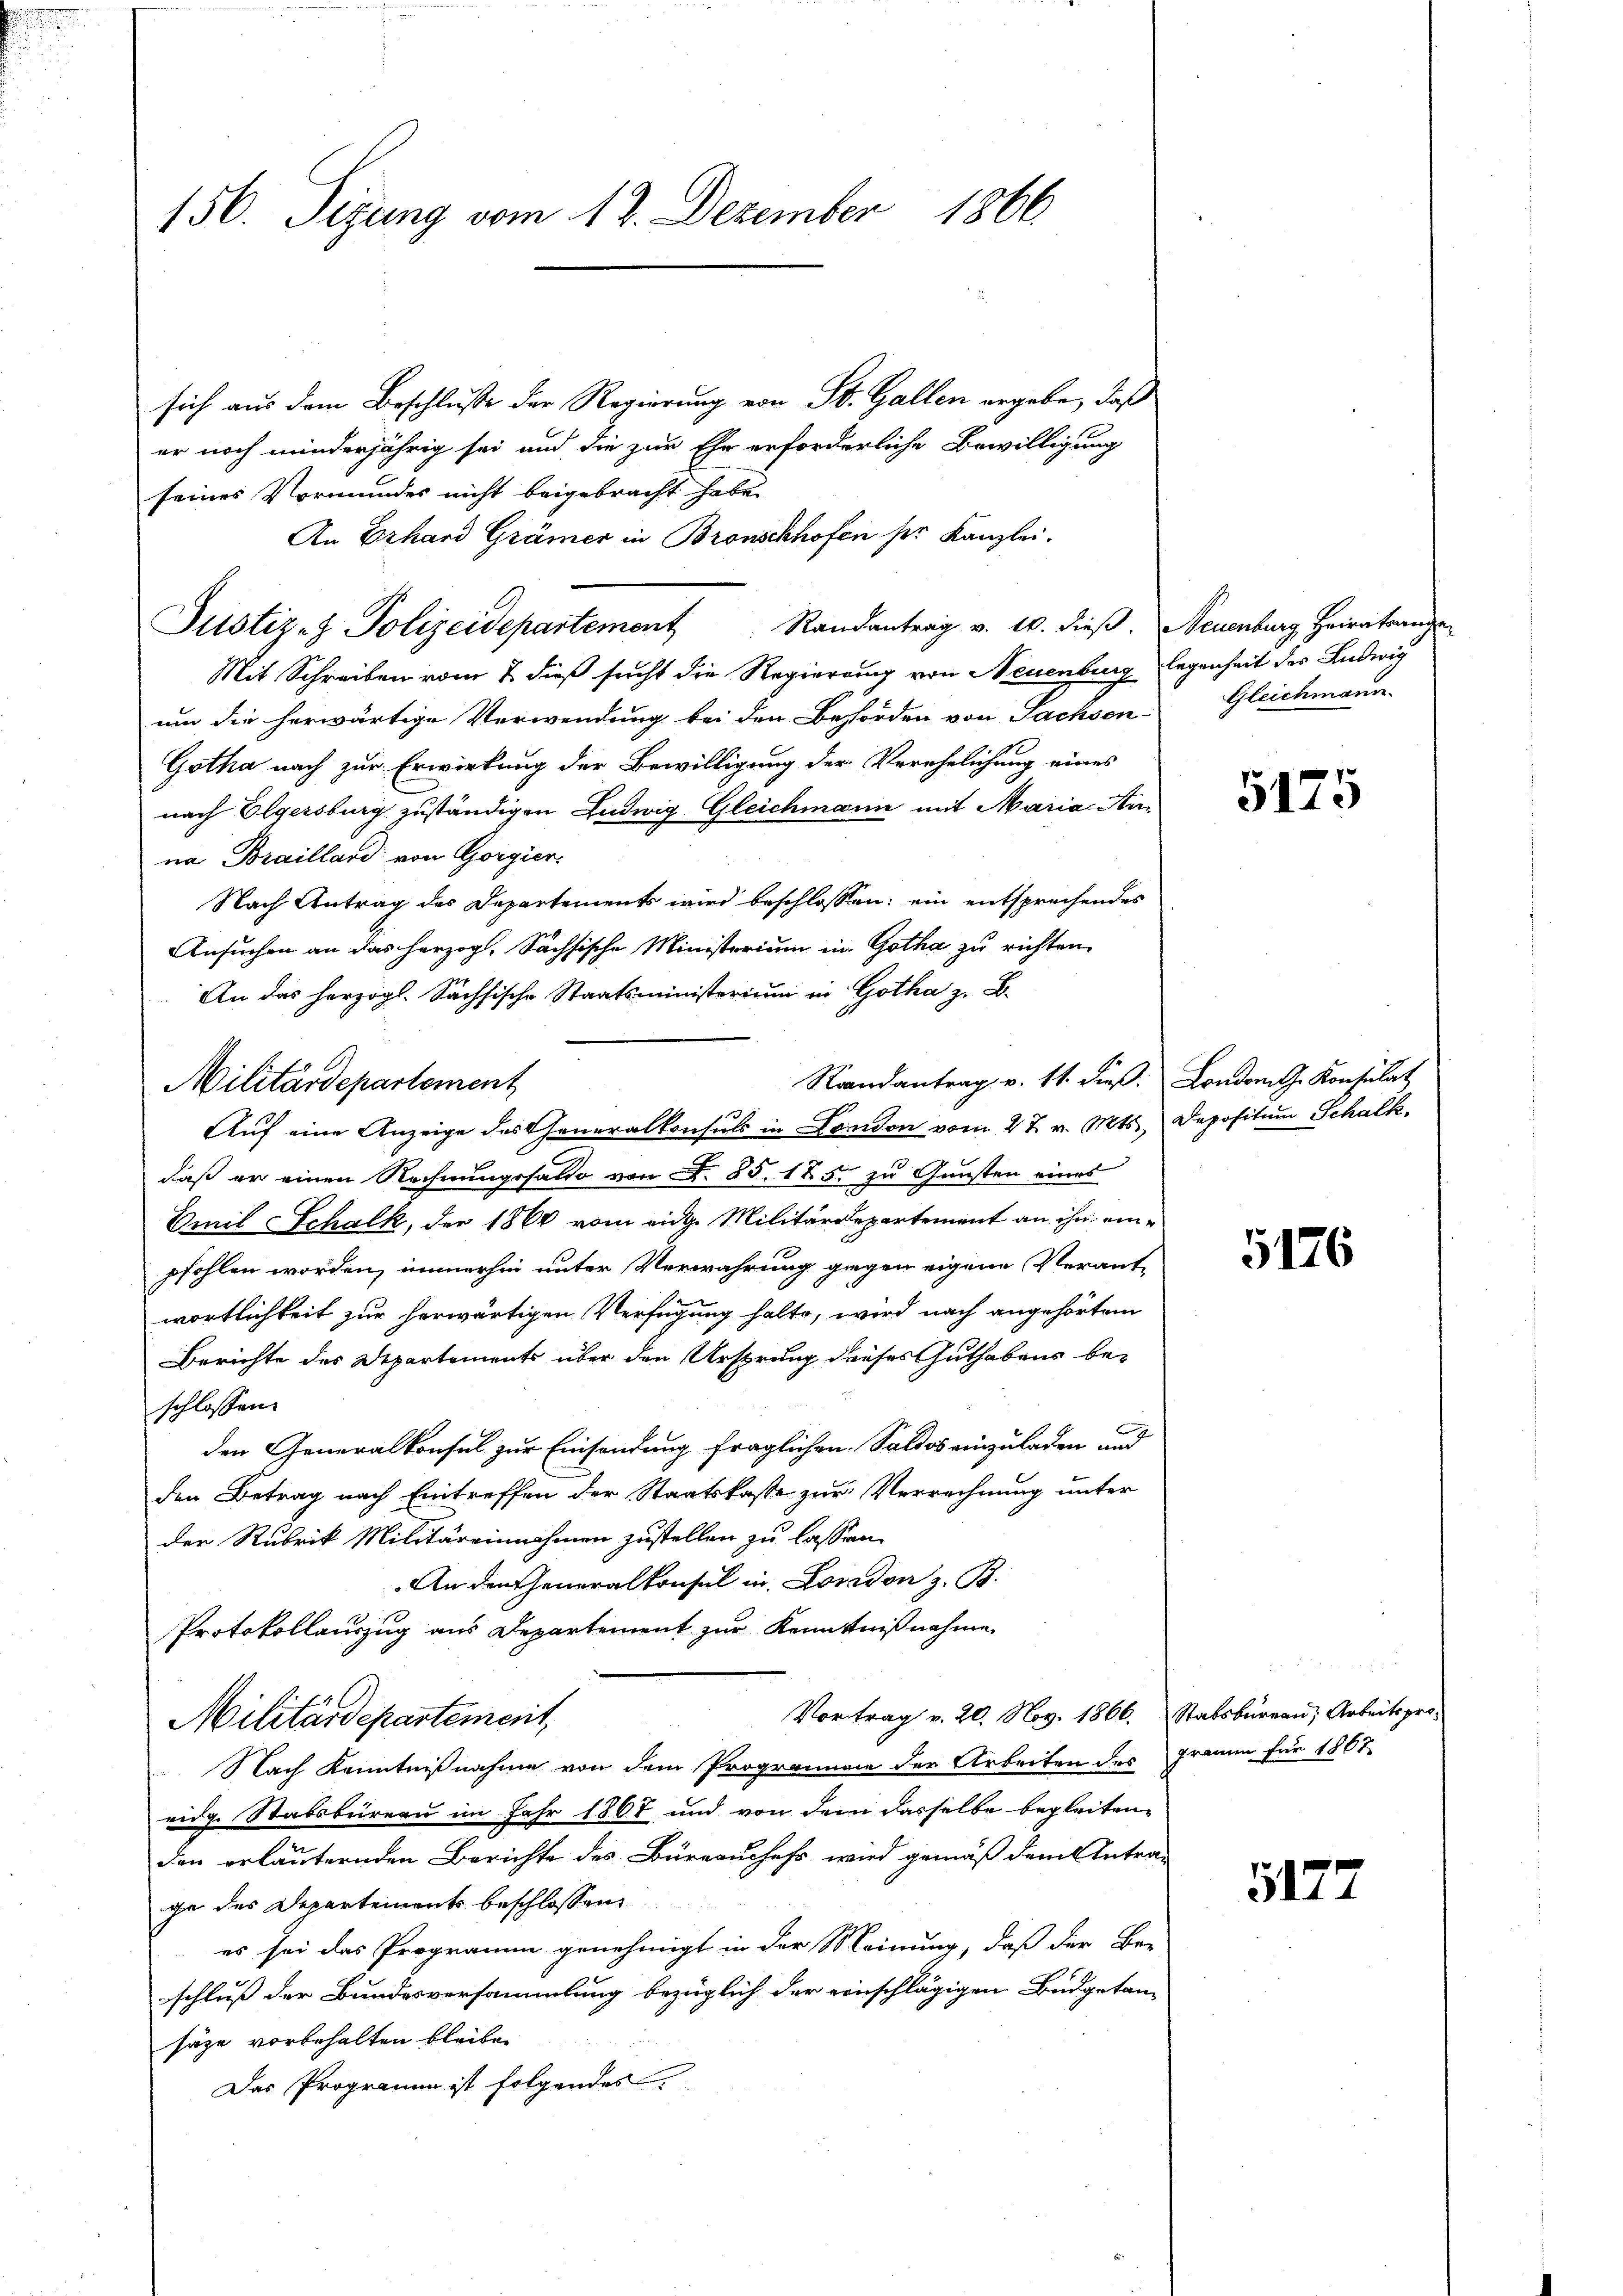
156. Sizung vom 12. Dezember 1866

sich aus dem Beschlusse der Regierung von St. Gallen ergebe, daß
er noch minderjährig sei und die zur Ehe erforderliche Bewilligung
seines Vormundes nicht beigebracht habe.
An Erhard Grämer in Bronschhofen her Kanzlei.
Justiz- & Polizeidepartement Randantrag v. 10. dieβ. Neuenburg, Heiratrange-
Mit Schreiben vom 2. dieß sucht die Regierung von Neuenburg legenheit der Ludwig
um die herwärtige Verwendung bei den Behörden von Sachsen-
Gotha nach zur Erwirkung der Bewilligung der Verehelichung eines
nach Olgersburg zuständigen Ludwig Gleichmann mit Maria Anna Braillard von Gorgier
Nach Antrag des Departements wird beschlossen: ein entsprechendes
Ansuchen an das herzog, Sachsische Ministerium in Gotha zu richten.
daß er einen Rechnungsfatto von N. 85. 125. zu Gunsten eines
Emil Schalk, der 1860 vom eidge Militärdepartement an ihn einpfohlen worden, immerhin unter Verwahrung gegen eigene Verant-
wortlichkeit zur herwärtigen Verfügung halte, wird nach angehörtem
Berichte des Departements über den Ursprung dieses Guthabens beschlossen.
den Generalkonsul zur Einsendung fraglichen Saldos einzuladen und
den Betrag nach Eintreffen der Staatskasse zur Verrechnung unter
der Rubrik Militäreinnahmen zustellen zu lassen.
An den Generalkonsul in London z. B.
Protokollauszug aus Departement zur Kenntnißnahme
Vortrag v. 20. Nov. 1866. Stabsbureau, Arbeitspro-
Militärdepartement,
Nach Kenntnißnahme von dem Programone der Arbeiten des Fraum für 1867
eidg. Stabsbureau im Jahr 1867 und von dem dasselbe begleiten,
den erläuternden Berichte des Büreauchefs wird gemäß dem Antra-
ge des Departements beschlossen
es sei das Programm genehmigt in der Meinung, daß der Be-
schluß der Bundesversammlung bezüglich der einschlägigen Budgetan-
säze vorbehalten bleibe.
Das Programm ist folgendes

Militärdepartement

An das herzogl. Sächsische Staatsministerium in Gotha z. B.
Randantrag v. 11. dieß. London. G. Konsulat
Aŭf eine Anzeige des Generalkonsuls in London vom 27. v. Mts. Depositum Schalk.

Gleichmann.

5175

5176

5177